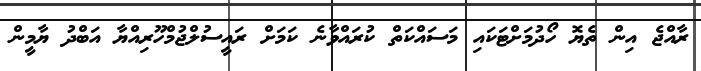
ރާއްޖެ އިން ތެޔޮ ހޯދުމަށްޓަކައި މަސައްކަތް ކުރައްވާނެ ކަމަށް ރައީސުލްޖުމްހޫރިއްޔާ އަބްދު ޔާމީން